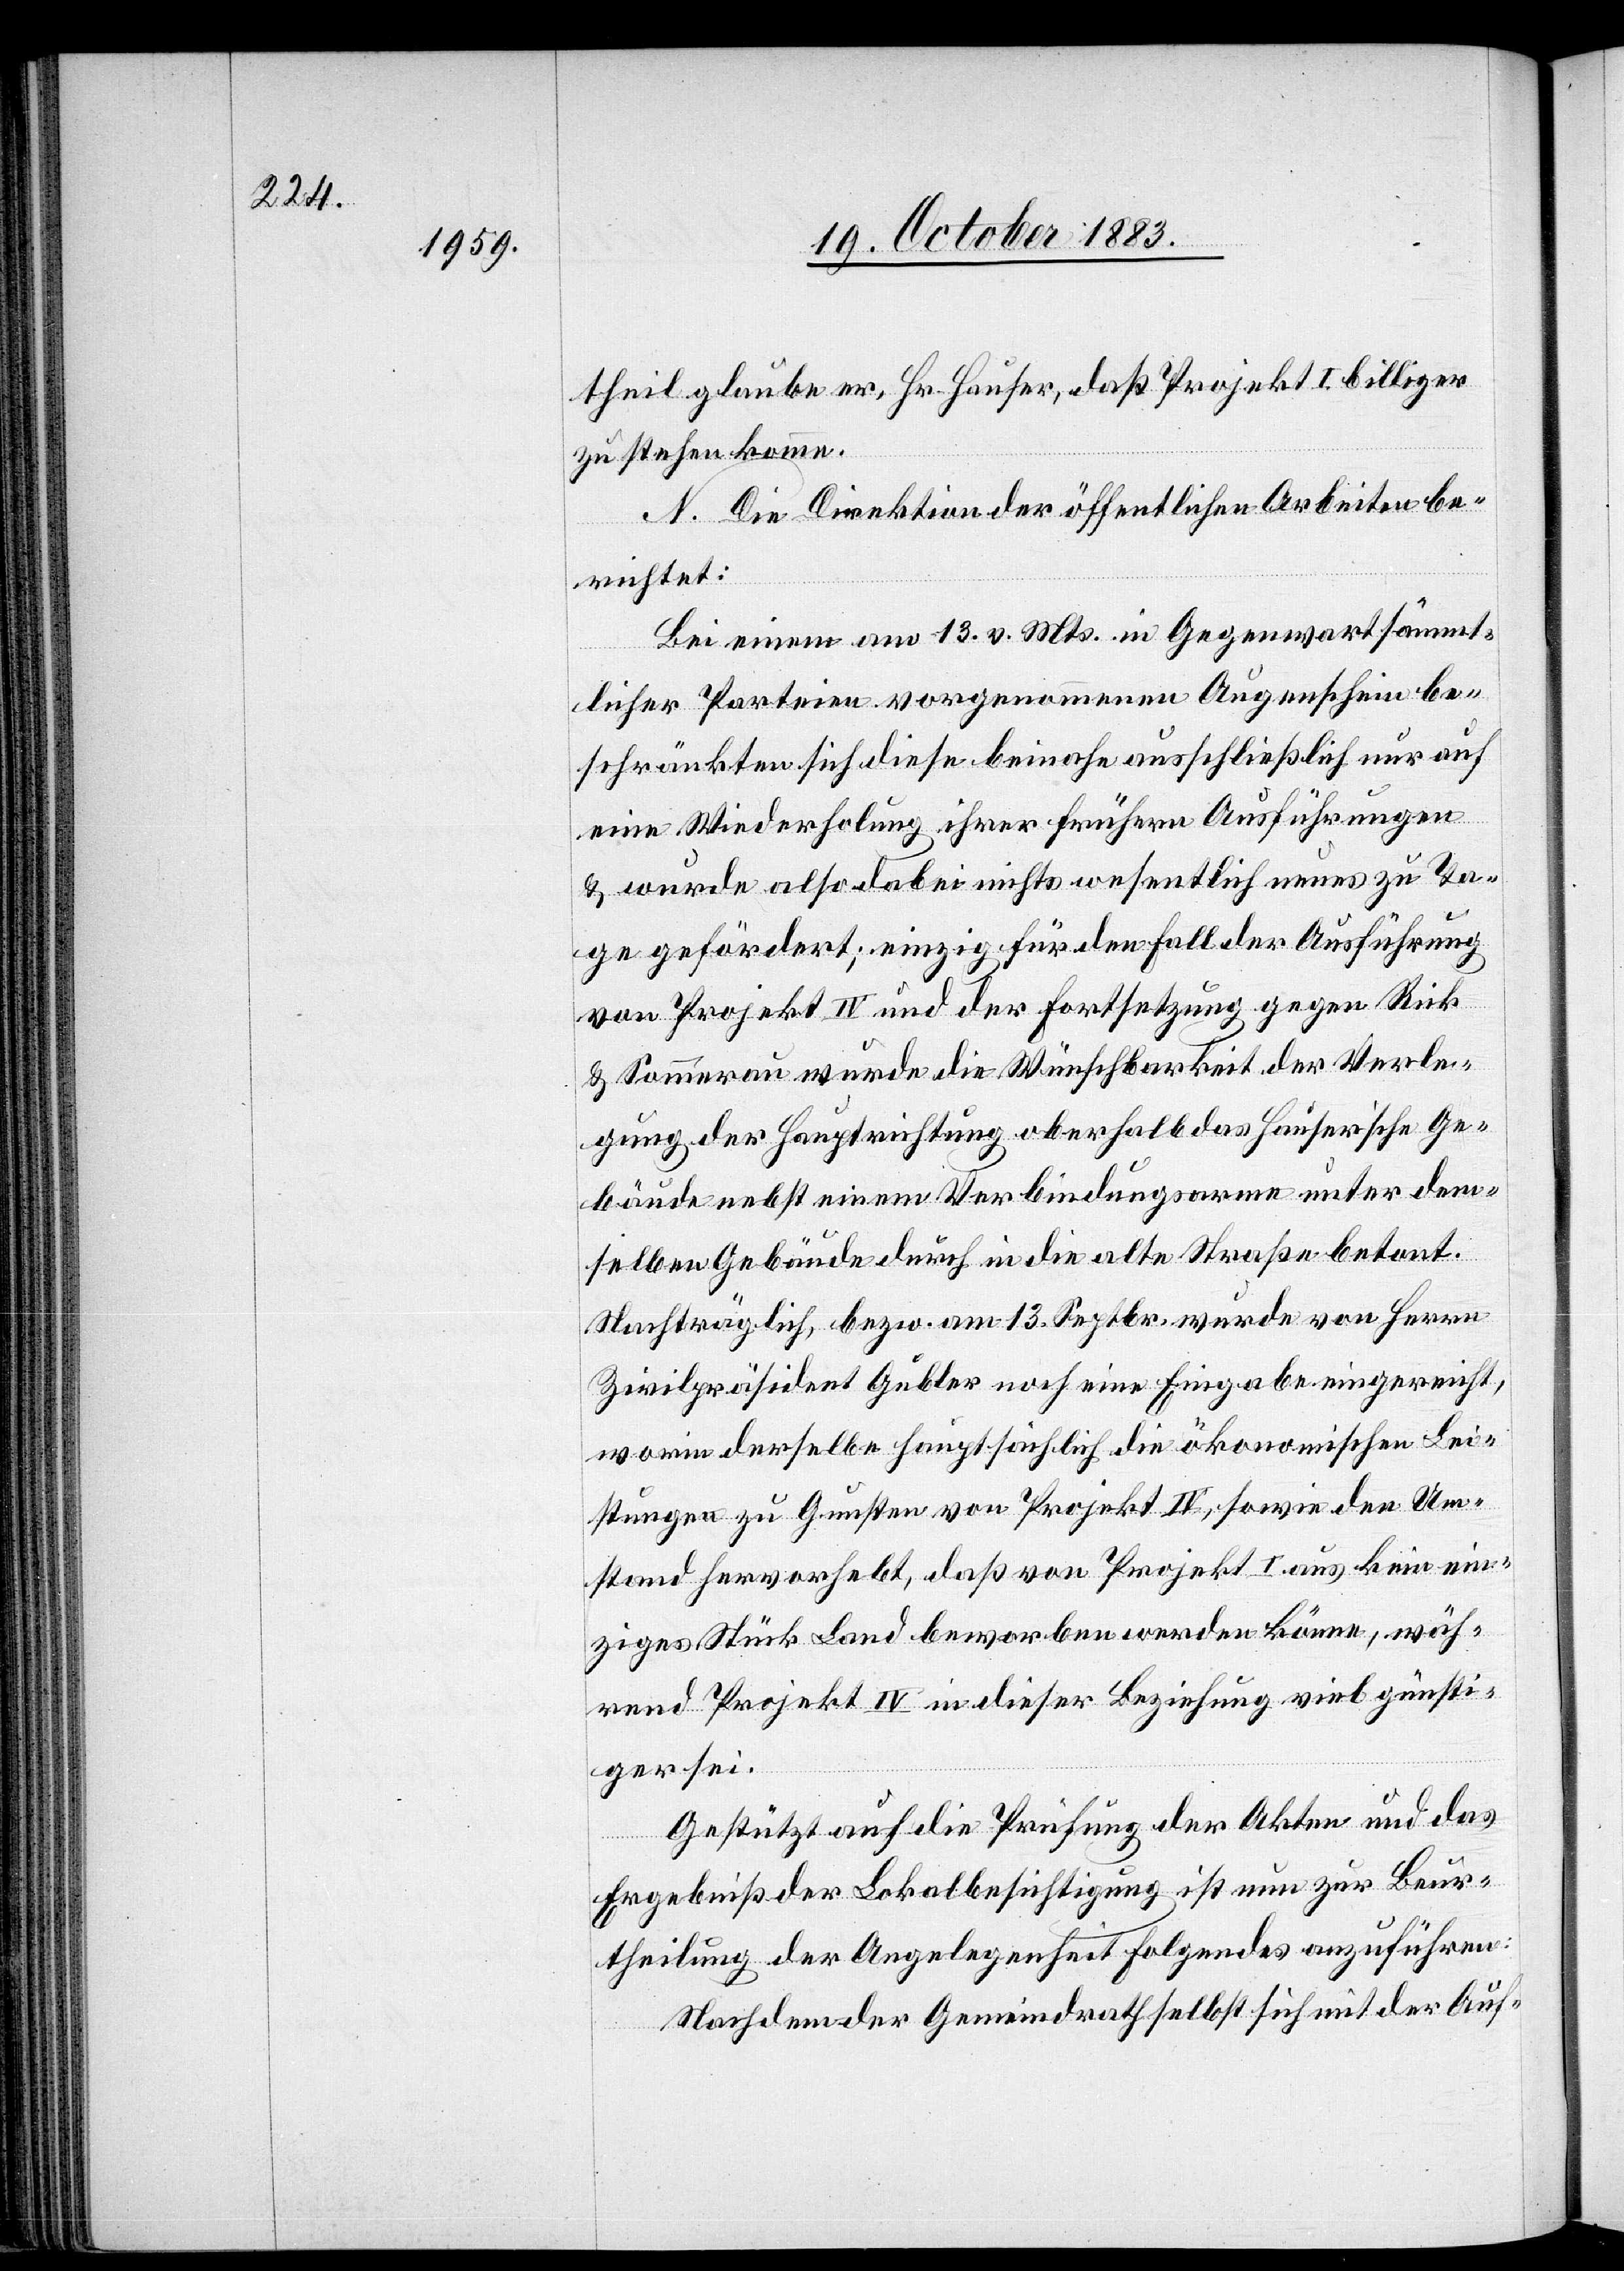
theil glaube er, Hr. Hauser, daß Projekt I billiger
zu stehen komme.
N. Die Direktion der öffentlichen Arbeiten be¬
richtet:
Bei einem am 13. v. Mts. in Gegenwart sämmt¬
licher Parteien vorgenommenen Augenschein be¬
schränkten sich diese beinahe ausschließlich nur auf
eine Wiederholung ihrer frühern Ausführungen
& wurde also dabei nichts wesentlich neues zu Ta¬
ge gefördert; einzig für den Fall der Ausführung
von Projekt IV und der Fortsetzung gegen Rick
& Sommerau wurde die Wünschbarkeit der Verle¬
gung der Hauptrichtung oberhalb das Hauser’sche Ge¬
bäude nebst einem Verbindungsarme unter dem¬
selben Gebäude durch in die alte Straße betont.
Nachträglich, bezw. am 13. Septbr. wurde von Herrn
Zivilpräsident Gubler noch eine Eingabe eingereicht,
worin derselbe hauptsächlich die ökonomischen Lei¬
stungen zu Gunsten von Projekt IV, sowie den Um¬
stand hervorhebt, daß von Projekt I aus kein ein¬
ziges Stück Land beworben werden könne, wäh¬
rend Projekt IV in dieser Beziehung viel günsti¬
ger sei.
Gestützt auf die Prüfung der Akten und das
Ergebniß der Lokalbesichtigung ist nun zur Beur¬
theilung der Angelegenheit Folgendes auszuführen:
Nachdem der Gemeindrath selbst sich mit der Auf-